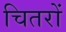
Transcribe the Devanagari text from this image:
चितरों